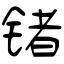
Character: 锗